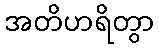
အတိဟရိတွာ